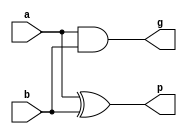
`timescale 1ns/1ns

module pgu (a, b, p, g);                                                                         // p, g ?? 
 input [15:0] a, b;
 output [15:0] p, g;

 assign p[15:0] = a[15:0] ^ b[15:0];
 assign g[15:0] = a[15:0] & b[15:0];

endmodule

module BCLU (p, g, cin, ps, gs, cout);                                                           // 4bit? ps, gs ?? ? ?? ??.
 input [3:0] p, g;
 input cin;
 output ps, gs;
 output [2:0] cout;
 
 wire c0, c1, c2;
 
 assign c0 = g[0] | ( p[0] & cin );
 assign c1 = g[1] | ( p[1] & g[0] ) | ( p[1] & p[0] & cin);
 assign c2 = g[2] | ( p[2] & g[1] ) | ( p[2] & p[1] & p[0] & cin);

 assign cout = {c2, c1, c0};                                                                     // ??? ?? 3bit? ??? ??.

 assign gs = g[3] | ( p[3] & g[2] ) | ( p[3] & p[2] & g[1] ) | ( p[3] & p[2] & p[1] & g[0] );
 assign ps = p[3] & p[2] & p[1] & p[0];

endmodule

module CLU (ps, gs, cin, cout);                                                                  // 4bit? ??? ??? ?? ??? ?? ?? ??.
 input ps, gs, cin;
 output cout;
 
  assign cout = gs | (ps & cin) ;

endmodule

module SU(c, p, s);                                                                              // c? p? ???? xor???? sum ??.
 input [15:0] c, p;
 output [15:0]s;

 assign s[15:0] = p[15:0] ^ c[15:0];

endmodule


module cla_16bit (a, b, cin, s, cout);                                                           // 16bit cla ??. 
 input [15:0] a, b;
 input cin;
 output [15:0] s;
 output cout;

 wire [15:0] p, g, c, c1;                                                                        // SU???? ??? c1? ??. 
 wire [3:0] ps, gs;
  
 pgu pgu0(a[15:0], b[15:0], p[15:0], g[15:0]);                                                   //p, g ?? 

 BCLU bclu0(p[3:0], g[3:0], cin, ps[0], gs[0], c[2:0]);                                          //ps, gs, c ??.
 BCLU bclu1(p[7:4], g[7:4], c[3], ps[1], gs[1], c[6:4]);
 BCLU bclu2(p[11:8], g[11:8], c[7], ps[2], gs[2], c[10:8]);
 BCLU bclu3(p[15:12], g[15:12], c[11], ps[3], gs[3], c[14:12]);

 CLU clu0(ps[0], gs[0], cin, c[3]);                                                              //?? ??.
 CLU clu1(ps[1], gs[1], c[3], c[7]);
 CLU clu2(ps[2], gs[2], c[7], c[11]);
 CLU clu3(ps[3], gs[3], c[11], cout);

 assign c1[15:0] = {c[14:0], cin};                                                               //SU ???? ??? 16bit? c? LSB? cin? ????? ????? ??? 15bit? MSB?? ???? LSB? cin ??.

 SU su0(c1[15:0], p[15:0], s[15:0]);                                                             //?? ??.
 
endmodule


module tb_test_cla16bit ();                                                                      //testbench ??. 
reg [15:0] a,b;
reg cin;
wire [15:0] s;
wire cout;

cla_16bit clatest(a, b, cin, s, cout);

initial begin                                                                                    //16bit rca? ?? ??? ?????.
 a= 16'b0000000000000000; b= 16'b0000000000000001; cin = 0;
 #10
 a= 16'b0100011100000010; b= 16'b0010010011110001;
 #10
 a= 16'b1000001010000000; b= 16'b0110001010000011;
 #10
 a= 16'b0111111111111111; b= 16'b0000000000000001;
 #10
 a= 16'b1000100011110110; b= 16'b1000000011011100;
 #10
 a= 16'b1111111111110000; b= 16'b1111111111110110;
end

endmodule